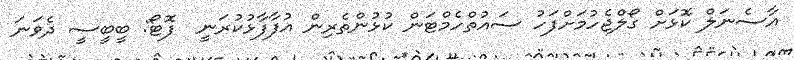
އާސެނަލް ކޮޅަށް ގޯލްޖެހުމަށްފަހު ސައުތްހެމްޓަން ކުޅުންތެރިން އުފާފާޅުކުރަނީ  ފޮޓޯ: ބީބީސީ ދެވަނަ